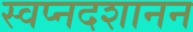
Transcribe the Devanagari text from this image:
स्वप्नदशानन